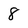
Character: 8